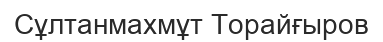
Сұлтанмахмұт Торайғыров